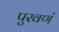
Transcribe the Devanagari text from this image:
पुरवणं